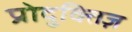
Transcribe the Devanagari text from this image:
प्रोदुक्तिज़